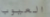
العيوب